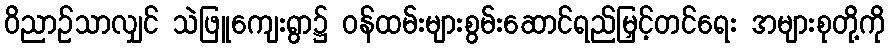
ဝိညာဉ်သာလျှင် သဲဖြူကျေးရွာ၌ ဝန်ထမ်းများစွမ်းဆောင်ရည်မြှင့်တင်ရေး အများစုတို့ကို